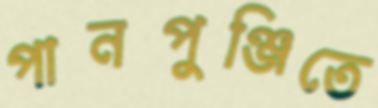
পানপুঞ্জিতে